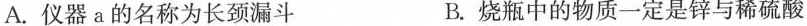
A.仪器a的名称为长颈漏斗 B.烧瓶中的物质一定是锌与稀硫酸